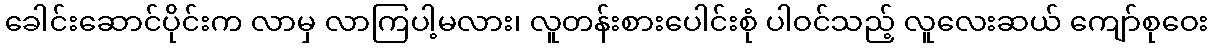
ခေါင်းဆောင်ပိုင်းက လာမှ လာကြပါ့မလား၊ လူတန်းစားပေါင်းစုံ ပါဝင်သည့် လူလေးဆယ် ကျော်စုဝေး